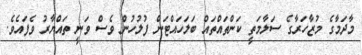
މާދަމާގެ މުޒާހަރާގެ ސަލާމަތީ ކަންތައްތައް ބަލަހައްޓަން ފުލުހުން ވެސް ވަނީ ތައްޔާރު ވެފައެވެ.